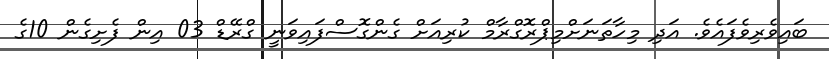
ބައިވެރިވެފައެވެ. އަދި މިހާތަނަށްމިޕްރޮގްރާމް ކުރިއަށް ގެންގޮސްފައިވަނީ ގްރޭޑް 03 އިން ފެށިގެން 10ގެ